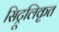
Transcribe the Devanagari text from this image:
सिट्रूलिकृत